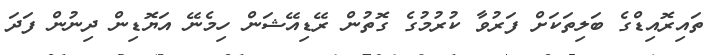
ތައިރޮއިޑްގެ ބަލިތަކަށް ފަރުވާ ކުރުމުގެ ގޮތުން ރޭޑިއޭޝަން ހިމެނޭ އަޔޮޑިން ދިނުން ފަދަ